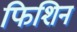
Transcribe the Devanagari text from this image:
फिशिन